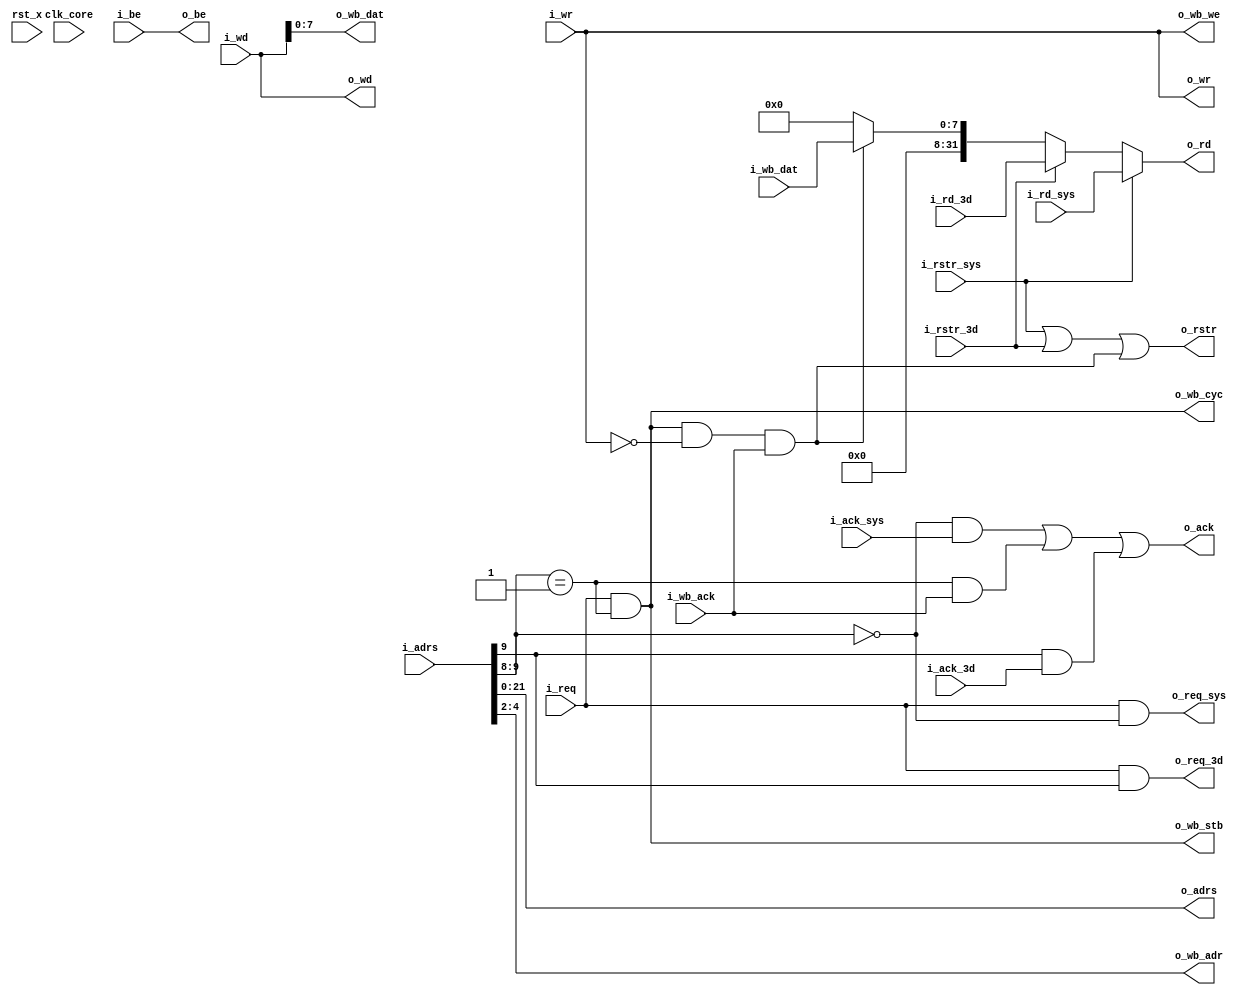
// This program was cloned from: https://github.com/Kenji-Ishimaru/polyphony
// License: MIT License

//=======================================================================
// Project Polyphony
//
// File:
//   fm_dispatch.v
//
// Abstract:
//   shave access dispatcher
//
//  Created:
//    3 November 2008
//
// Copyright (c) 2008  Kenji Ishimaru, All rights reserved.
//
//======================================================================
//
// Copyright (c) 2020, Kenji Ishimaru
// All rights reserved.
//
// Redistribution and use in source and binary forms, with or without
// modification, are permitted provided that the following conditions are met:
//
//  -Redistributions of source code must retain the above copyright notice,
//   this list of conditions and the following disclaimer.
//  -Redistributions in binary form must reproduce the above copyright notice,
//   this list of conditions and the following disclaimer in the documentation
//   and/or other materials provided with the distribution.
//
// THIS SOFTWARE IS PROVIDED BY THE COPYRIGHT HOLDERS AND CONTRIBUTORS "AS IS"
// AND ANY EXPRESS OR IMPLIED WARRANTIES, INCLUDING, BUT NOT LIMITED TO,
// THE IMPLIED WARRANTIES OF MERCHANTABILITY AND FITNESS FOR A PARTICULAR
// PURPOSE ARE DISCLAIMED. IN NO EVENT SHALL THE COPYRIGHT HOLDER OR
// CONTRIBUTORS BE LIABLE FOR ANY DIRECT, INDIRECT, INCIDENTAL, SPECIAL,
// EXEMPLARY, OR CONSEQUENTIAL DAMAGES (INCLUDING, BUT NOT LIMITED TO,
// PROCUREMENT OF SUBSTITUTE GOODS OR SERVICES; LOSS OF USE, DATA, OR PROFITS;
// OR BUSINESS INTERRUPTION) HOWEVER CAUSED AND ON ANY THEORY OF LIABILITY,
// WHETHER IN CONTRACT, STRICT LIABILITY, OR TORT (INCLUDING NEGLIGENCE OR
// OTHERWISE) ARISING IN ANY WAY OUT OF THE USE OF THIS SOFTWARE,
// EVEN IF ADVISED OF THE POSSIBILITY OF SUCH DAMAGE.
//
// memory mapping
//
//  address(byte)                      address(/32bit)
//
//  0x0000_03ff +------------------+ 0x0080_0ff
//              |  3D vtx  (8MB)   |         
//  0x0000_0300 +------------------+ 0x0080_0c0
//              |  3D ras  (8MB)   |         
//  0x0000_0200 +------------------+ 0x0000_080
//              |  I2C     (8MB)   |
//  0x0000_0100 +------------------+ 0x0000_040
//              |  System  (8MB)   |
//  0x0000_0000 +------------------+ 0x0000_000
//

module fm_dispatch (
    clk_core,
    rst_x,
    // local interface
    i_req,
    i_wr,
    i_adrs,
    o_ack,
    i_be,
    i_wd,
    o_rstr,
    o_rd,
    // internal side
    o_req_sys,
    o_req_3d,
    o_wr,
    o_adrs,
    i_ack_sys,
    i_ack_3d,
    o_be,
    o_wd,
    i_rstr_sys,
    i_rstr_3d,
    i_rd_sys,
    i_rd_3d,
    // I2C wishbone
    o_wb_adr,
    o_wb_dat,
    i_wb_dat,
    o_wb_we,
    o_wb_stb,
    o_wb_cyc,
    i_wb_ack
);
//////////////////////////////////
// I/O port definition
//////////////////////////////////
    input           clk_core;
    input           rst_x;
    // sh4 local interface
    input           i_req;
    input           i_wr;
    input  [23:0]   i_adrs;
    output          o_ack;
    input  [3:0]    i_be;
    input  [31:0]   i_wd;
    output          o_rstr;
    output [31:0]   o_rd;
    // internal side
    output          o_req_sys;
    output          o_req_3d;
    output          o_wr;
    output [21:0]   o_adrs;
    input           i_ack_sys;
    input           i_ack_3d;
    output [3:0]    o_be;
    output [31:0]   o_wd;
    input           i_rstr_sys;
    input           i_rstr_3d;
    input  [31:0]   i_rd_sys;
    input  [31:0]   i_rd_3d;
    // wishbone signals
    output [2:0] o_wb_adr;     // lower address bits
    output [7:0] o_wb_dat;     // databus input
    input  [7:0] i_wb_dat;     // databus output
    output       o_wb_we;      // write enable input
    output       o_wb_stb;     // stobe/core select signal
    output       o_wb_cyc;     // valid bus cycle input
    input        i_wb_ack;     // bus cycle acknowledge output
//////////////////////////////////
// reg
//////////////////////////////////
//////////////////////////////////
// wire
//////////////////////////////////
    wire            w_sys_hit;
    wire            w_3d_hit;
    wire            w_i2c_hit;

    wire   [23:0]   w_adrs;
    wire            w_req;

    wire            w_rstr_i2c;
//////////////////////////////////
// assign
//////////////////////////////////
    assign     w_adrs = i_adrs;
    assign     w_req = i_req;

    assign     w_sys_hit = (w_adrs[9:8] == 2'b00);  // byte address
    assign     w_i2c_hit = (w_adrs[9:8] == 2'b01);
    assign     w_3d_hit = (w_adrs[9] == 1'b1);

    assign     o_ack = (w_sys_hit & i_ack_sys)|
                       (w_i2c_hit & i_wb_ack)|
                       (w_3d_hit &i_ack_3d);
    assign     o_rstr = i_rstr_sys | i_rstr_3d | w_rstr_i2c;
    assign     o_rd = (i_rstr_sys) ? i_rd_sys :
                      (i_rstr_3d)  ? i_rd_3d :
                      (w_rstr_i2c) ? {24'h0,i_wb_dat} :
                                     32'h0;
    assign     o_req_sys = w_req & w_sys_hit;
    assign     o_req_3d = w_req & w_3d_hit;
    assign     o_adrs = w_adrs[21:0];
    assign     o_wr = i_wr;
    assign     o_be = i_be;
    assign     o_wd = i_wd;

    assign o_wb_adr[2:0] = i_adrs[4:2];
    assign o_wb_dat = i_wd[7:0];
    assign o_wb_we = i_wr;
    assign o_wb_stb = w_req & w_i2c_hit;
    assign o_wb_cyc = o_wb_stb;
    assign w_rstr_i2c = o_wb_stb & (!o_wb_we) & i_wb_ack;

endmodule